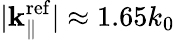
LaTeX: |{\mathbf k}_{\parallel}^{\mathrm{ref}}|\approx 1.65k_{0}